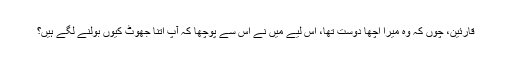
قارئین، چوں کہ وہ میرا اچھا دوست تھا، اس لیے مَیں نے اس سے پوچھا کہ آپ اتنا جھوٹ کیوں بولنے لگے ہیں؟